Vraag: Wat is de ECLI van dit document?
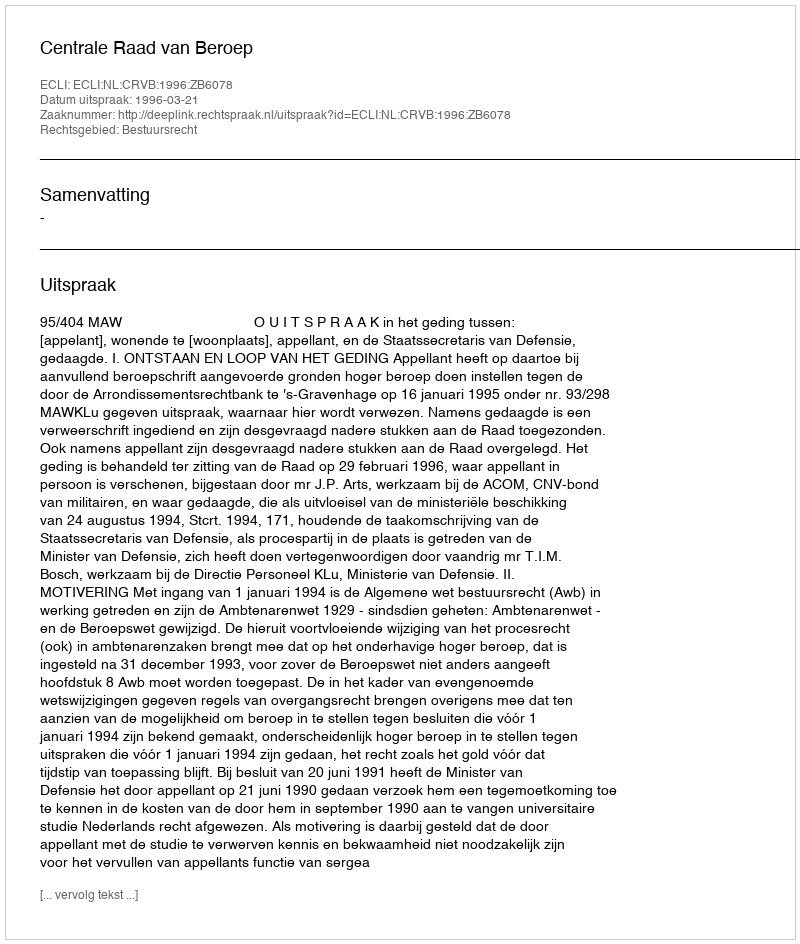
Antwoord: ECLI:NL:CRVB:1996:ZB6078